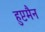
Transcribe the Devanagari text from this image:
हुप्टमैन